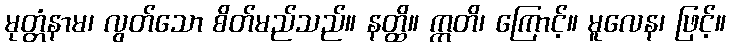
မုတ္တံနာမ၊ လွတ်သော စိတ်မည်သည်။ နတ္ထိ။ ဣတိ၊ ကြောင့်။ မူလေန၊ ဖြင့်။